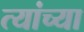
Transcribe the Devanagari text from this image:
त्यांच्या